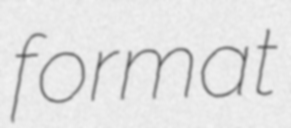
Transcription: format